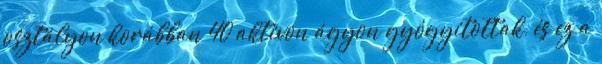
osztályon korábban 40 aktívon ágyon gyógyítottak, és ez a